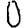
Digit: 0